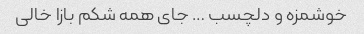
خوشمزه و دلچسب … جای همه شکم بازا خالی